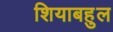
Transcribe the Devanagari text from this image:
शियाबहुल